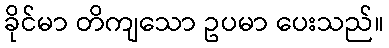
ခိုင်မာ တိကျသော ဥပမာ ပေးသည်။